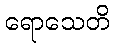
ရောသေတိ